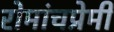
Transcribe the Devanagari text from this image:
रोमांचप्रेमी